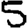
Digit: 5